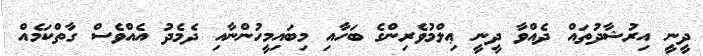
ދީނީ އިރުޝާދުތައް ދެއްވާ ދީނީ ޢިލްމުވެރިންގެ ބަހާއި މިބައިމީހުންނާއި ދެމެދު އެއްވެސް ގާތްކަމެއް